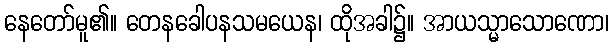
နေတော်မူ၏။ တေနခေါပနသမယေန၊ ထိုအခါ၌။ အာယသ္မာသောဏော၊